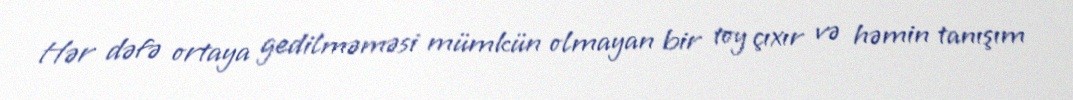
Hər dəfə ortaya gedilməməsi mümkün olmayan bir toy çıxır və həmin tanışım